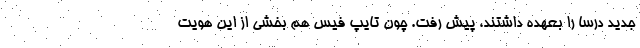
جدید درسا را بعهده داشتند، پیش رفت. چون تایپ فیس هم بخشی از این هویت